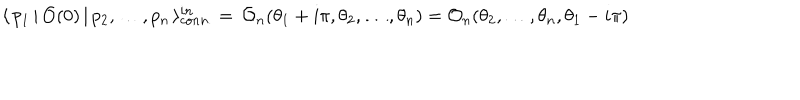
\langle \, p _ { 1 } \, | \, \mathcal { O } ( 0 ) \, | \, p _ { 2 } , \dots , p _ { n } \, \rangle _ { c o n n . } ^ { i n } = \, \mathcal { O } _ { n } ( \theta _ { 1 } + i \pi , \theta _ { 2 } , \dots , \theta _ { n } ) = \mathcal { O } _ { n } ( \theta _ { 2 } , \dots , \theta _ { n } , \theta _ { 1 } - i \pi )